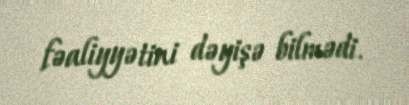
fəaliyyətini dəyişə bilmədi.